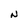
Character: N